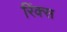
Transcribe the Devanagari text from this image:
रिंक्स